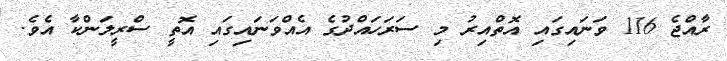
ރާއްޖެ 116 ވަނައިގައި އޮތްއިރު މި ސަރަހައްދުގެ އެއްވަނައިގައި އޮތީ ސްރީލަންކާ އެވެ.